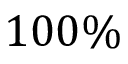
1 0 0 \%